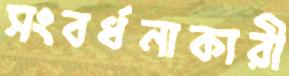
সংবর্ধনাকারী